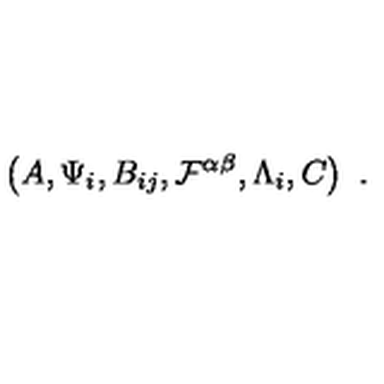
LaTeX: \left( A , \Psi _ { i } , B _ { i j } , { \cal F } ^ { \alpha \beta } , \Lambda _ { i } , C \right) \ .